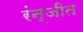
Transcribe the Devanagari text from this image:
रंन्जीत